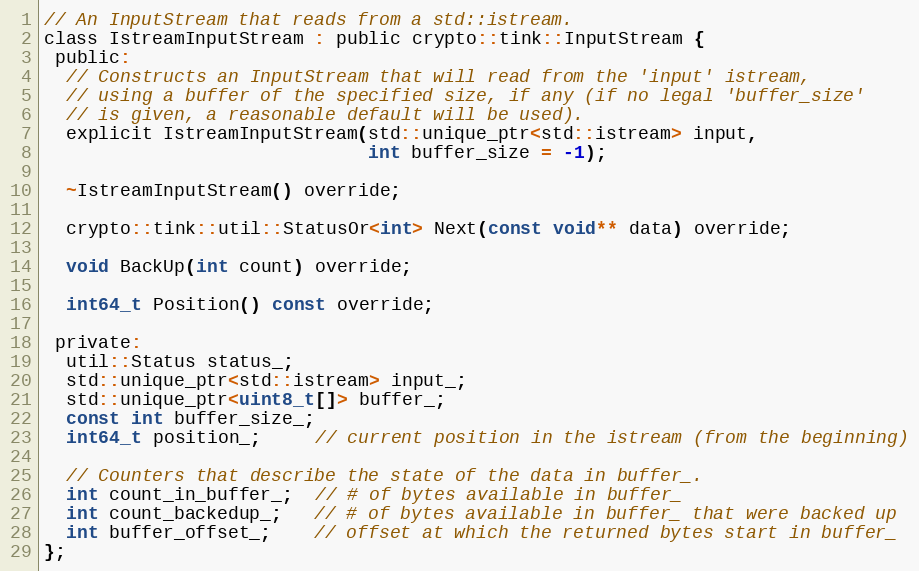
Language: C
// An InputStream that reads from a std::istream.
class IstreamInputStream : public crypto::tink::InputStream {
 public:
  // Constructs an InputStream that will read from the 'input' istream,
  // using a buffer of the specified size, if any (if no legal 'buffer_size'
  // is given, a reasonable default will be used).
  explicit IstreamInputStream(std::unique_ptr<std::istream> input,
                              int buffer_size = -1);

  ~IstreamInputStream() override;

  crypto::tink::util::StatusOr<int> Next(const void** data) override;

  void BackUp(int count) override;

  int64_t Position() const override;

 private:
  util::Status status_;
  std::unique_ptr<std::istream> input_;
  std::unique_ptr<uint8_t[]> buffer_;
  const int buffer_size_;
  int64_t position_;     // current position in the istream (from the beginning)

  // Counters that describe the state of the data in buffer_.
  int count_in_buffer_;  // # of bytes available in buffer_
  int count_backedup_;   // # of bytes available in buffer_ that were backed up
  int buffer_offset_;    // offset at which the returned bytes start in buffer_
};